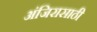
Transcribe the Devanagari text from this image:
अंजिरासाठी